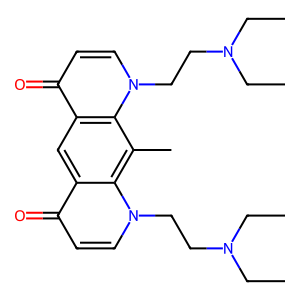
SMILES: CCN(CC)CCn1ccc(=O)c2cc3c(=O)ccn(CCN(CC)CC)c3c(C)c21
Inhibits HIV replication: No